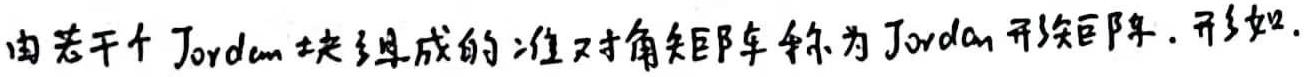
由若干个Jordan块组成的准对角矩阵称为Jordan形矩阵. 形如.